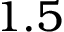
1 . 5